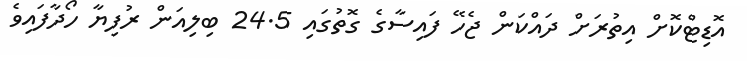
އޮޑިޓްކޮށް އިތުރަށް ދައްކަން ޖެހޭ ފައިސާގެ ގޮތުގައި 24.5 ބިލިއަން ރުފިޔާ ހޯދާފައިވެ